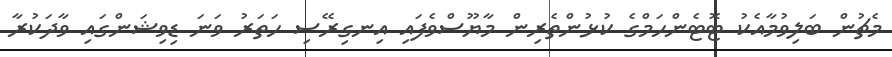
މެޗުން ބަލިވުމާއެކު ޓޮޓެންހަމްގެ ކުޅުންތެރިން މާޔޫސްވެފައި އިނގިރޭސި ހަތަރު ވަނަ ޑިވިޝަންގައި ވާދަކުރާ